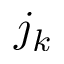
j _ { k }